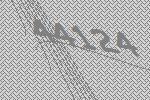
44124